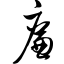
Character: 廉